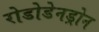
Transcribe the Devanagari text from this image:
रोडोडेनड्रोन